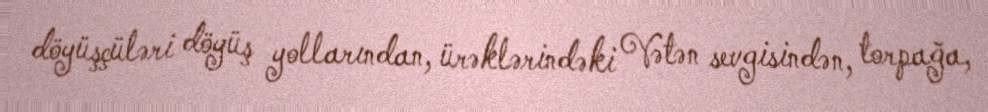
döyüşçüləri döyüş yollarından, ürəklərindəki Vətən sevgisindən, torpağa,